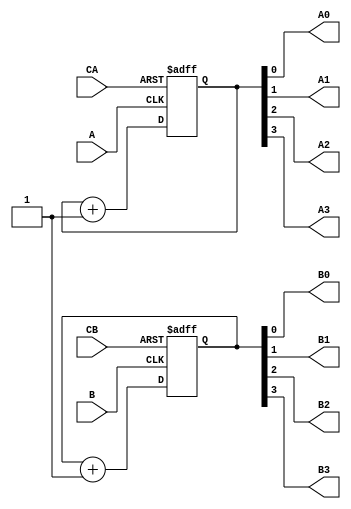

module ttl_74LS393(input A,
		   input  B,
		   output A0,
		   output A1,
		   output A2,
		   output A3,
		   output B0,
		   output B1,
		   output B2,
		   output B3,
		   input  CA,
		   input  CB);

   reg [3:0] c1 = 0, c2 = 0;

   always @(posedge A or posedge CA)
     if (CA)
       c1 <= 4'b0000;
     else
       c1 <= c1 + 4'b0001;

   assign A0 = c1[0];
   assign A1 = c1[1];
   assign A2 = c1[2];
   assign A3 = c1[3];
   
   always @(posedge B or posedge CB)
     if (CB)
       c2 <= 4'b0000;
     else
       c2 <= c2 + 4'b0001;

   assign B0 = c2[0];
   assign B1 = c2[1];
   assign B2 = c2[2];
   assign B3 = c2[3];
   
endmodule